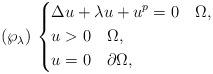
LaTeX: \begin{align*}(\wp_\lambda)\,\left\{\begin{aligned}& \Delta u +\lambda u + u^p =0\quad \Omega,\\& u>0 \quad \Omega,\\& u=0 \quad \partial\Omega,\end{aligned}\right.\end{align*}